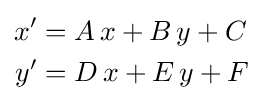
{\begin{aligned}x'&=A\,x+B\,y+C\\y'&=D\,x+E\,y+F\end{aligned}}